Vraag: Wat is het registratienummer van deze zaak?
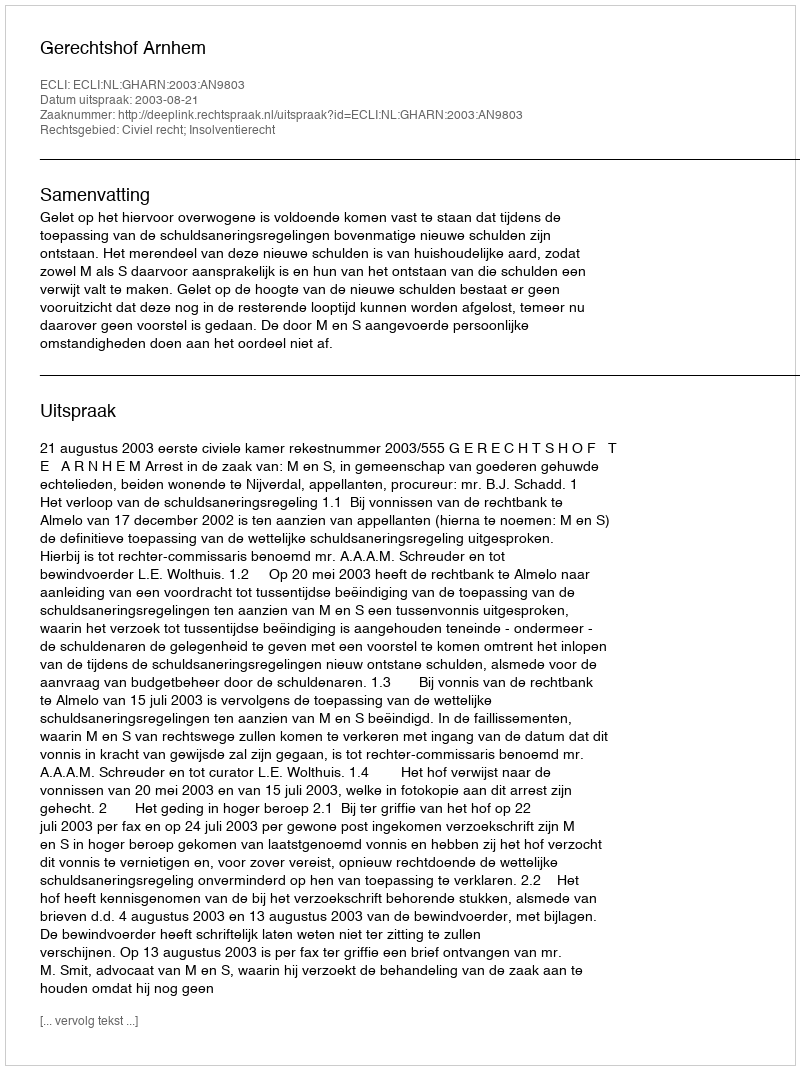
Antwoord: http://deeplink.rechtspraak.nl/uitspraak?id=ECLI:NL:GHARN:2003:AN9803